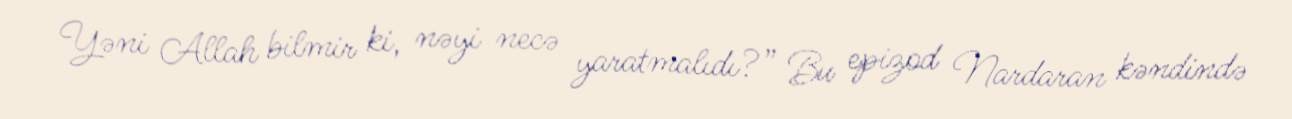
Yəni Allah bilmir ki, nəyi necə yaratmalıdı?” Bu epizod Nardaran kəndində